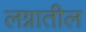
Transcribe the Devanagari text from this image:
लग्नातील